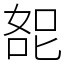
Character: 㖲